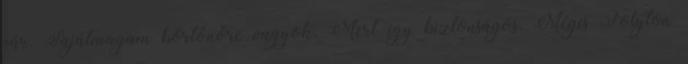
vár. Sajátmagam börtönőre vagyok. Mert így biztonságos. Mégis Folyton